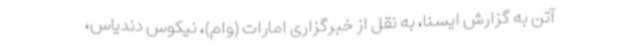
آتن به گزارش ایسنا، به نقل از خبرگزاری امارات (وام)، نیکوس دندیاس،